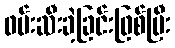
ဖမ်းဆီးခဲ့ခြင်းဖြစ်ပြီး